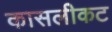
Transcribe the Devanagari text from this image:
कासलीकट